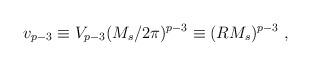
LaTeX: \begin{align*}v_{p-3} \equiv V_{p-3}(M_s/2\pi)^{p-3}\equiv (RM_s)^{p-3}~,\end{align*}